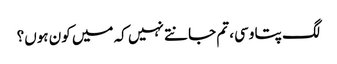
لگ پتا وسی، تم جانتے نہیں کہ میں کون ہوں؟